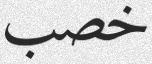
خصب